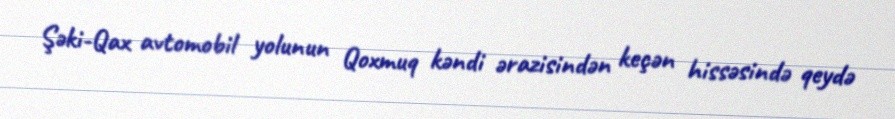
Şəki-Qax avtomobil yolunun Qoxmuq kəndi ərazisindən keçən hissəsində qeydə